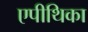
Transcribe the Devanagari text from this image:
एपीथिका